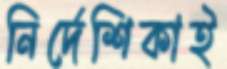
নির্দেশিকাই